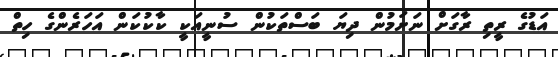
އަޑުގެ ރީތި ރާގަށް ނަށަމުން ދިޔަ ބަސްތަކުން ސުނީއަކީ ކާކުކަން އަހަރެންގެ ހިތް